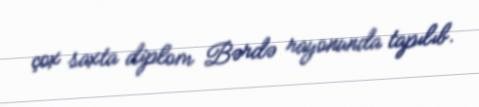
çox saxta diplom Bərdə rayonunda tapılıb.